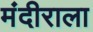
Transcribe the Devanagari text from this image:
मंदीराला